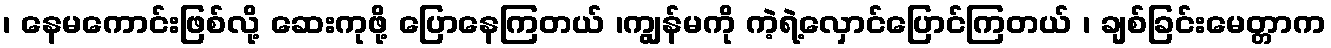
၊ နေမကောင်းဖြစ်လို့ ဆေးကုဖို့ ပြောနေကြတယ် ၊ကျွန်မကို ကဲ့ရဲ့လှောင်ပြောင်ကြတယ် ၊ ချစ်ခြင်းမေတ္တာက